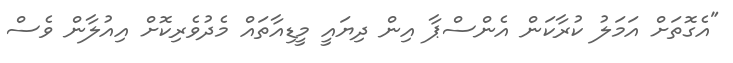
"އެގޮތަށް އަަމަލު ކުރާކަން އެންސްޕާ އިން ދިޔައީ މީޑިއާތައް މެދުވެރިކޮށް އިއުލާން ވެސް